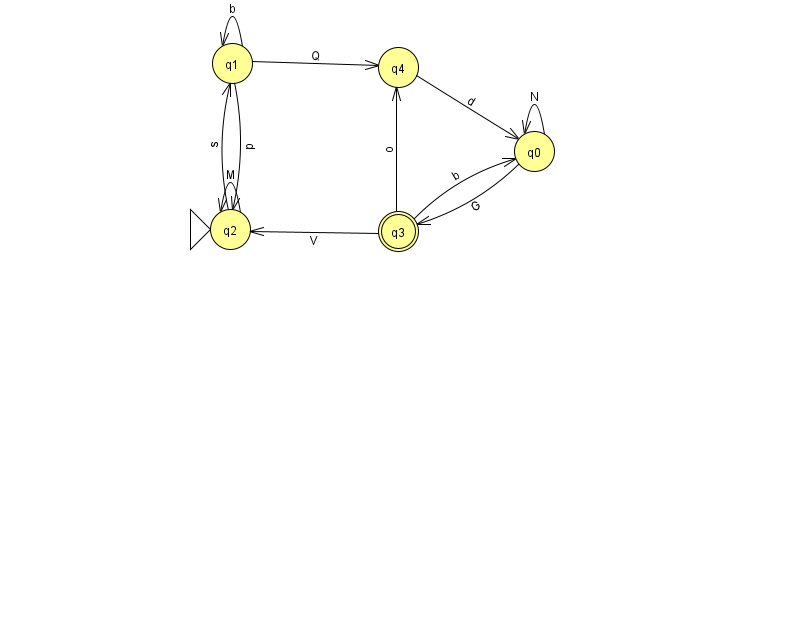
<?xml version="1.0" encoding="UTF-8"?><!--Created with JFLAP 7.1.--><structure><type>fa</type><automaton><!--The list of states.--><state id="0" name="q0"><x>534.0</x><y>138.0</y></state><state id="1" name="q1"><x>232.0</x><y>50.0</y></state><state id="2" name="q2"><x>230.0</x><y>216.0</y><initial/></state><state id="3" name="q3"><x>398.0</x><y>218.0</y><final/></state><state id="4" name="q4"><x>398.0</x><y>54.0</y></state><!--The list of transitions.--><transition><from>1</from><to>2</to><read>p</read></transition><transition><from>3</from><to>0</to><read>b</read></transition><transition><from>1</from><to>1</to><read>b</read></transition><transition><from>2</from><to>1</to><read>s</read></transition><transition><from>0</from><to>3</to><read>G</read></transition><transition><from>3</from><to>4</to><read>o</read></transition><transition><from>1</from><to>4</to><read>Q</read></transition><transition><from>3</from><to>2</to><read>V</read></transition><transition><from>2</from><to>2</to><read>M</read></transition><transition><from>0</from><to>0</to><read>N</read></transition><transition><from>4</from><to>0</to><read>d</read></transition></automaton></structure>